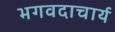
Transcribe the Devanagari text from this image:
भगवदाचार्य